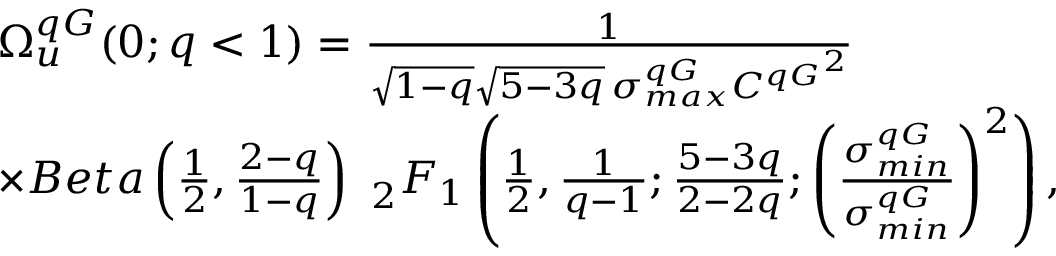
\begin{array} { r l } & { \Omega _ { u } ^ { q G } ( 0 ; q < 1 ) = \frac { 1 } { \sqrt { 1 - q } \sqrt { 5 - 3 q } \, \sigma _ { m a x } ^ { q G } { C ^ { q G } } ^ { 2 } } } \\ & { \times B e t a \left( \frac { 1 } { 2 } , \frac { 2 - q } { 1 - q } \right) \ _ { 2 } F _ { 1 } \left( \frac { 1 } { 2 } , \frac { 1 } { q - 1 } ; \frac { 5 - 3 q } { 2 - 2 q } ; \left( \frac { \sigma _ { m i n } ^ { q G } } { \sigma _ { m i n } ^ { q G } } \right) ^ { 2 } \right) , } \end{array}